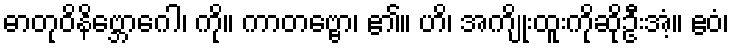
ဓာတုဝိနိဗ္ဘောဂေါ၊ ကို။ ကာတဗ္ဗော၊ ၏။ ဟိ၊ အကျိုးထူးကိုဆိုဦးအံ့။ ဧဝံ၊